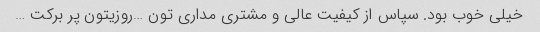
خیلی خوب بود. سپاس از کیفیت‌ عالی و مشتری مداری تون …روزیتون پر برکت …